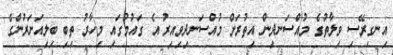
އިނގިރޭސި ވިލާތުގެ މުއްސަނދިން އިތުރަށް މުއްސަނދިވިއިރު އެ ގައުމުގައި މިހާރު ތިބި ބިލިއަނަރުންގެ